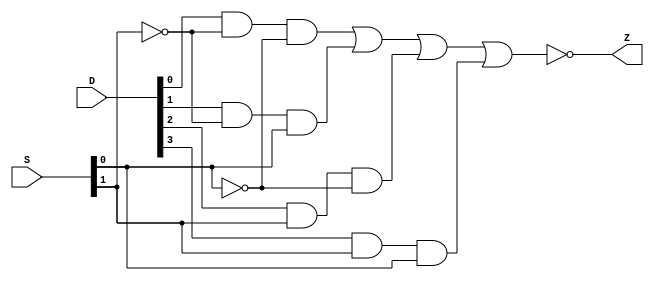
// lines start with // is a comment
// name: p1.v // gate level model
module p1(Z, D, S); //you list all inputs and outputs, by convention outputs go first
	output Z; // this tells the compile which lines are inputs and outputs
	input[3:0] D;
	input[1:0] S;
	
	not n0 (inv_S0, S[0]); // defines the inverter gate, see figure
	not n1 (inv_S1, S[1]); // defines the inverter gate, see figure
	
	and a0 (a0_o, D[0], inv_S1, inv_S0); // defines the a0 gate, see figure
	and a1 (a1_o, D[1], inv_S1, S[0]); // defines the a1 gate, see figure
	and a2 (a2_o, D[2], S[1], inv_S0); // defines the a2 gate, see figure
	and a3 (a3_o, D[3], S[1], S[0]); // defines the a3 gate, see figure
	nor o0 (Z, a0_o, a1_o, a2_o, a3_o); // defines the o1 gate, see figure
endmodule